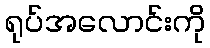
ရုပ်အလောင်းကို